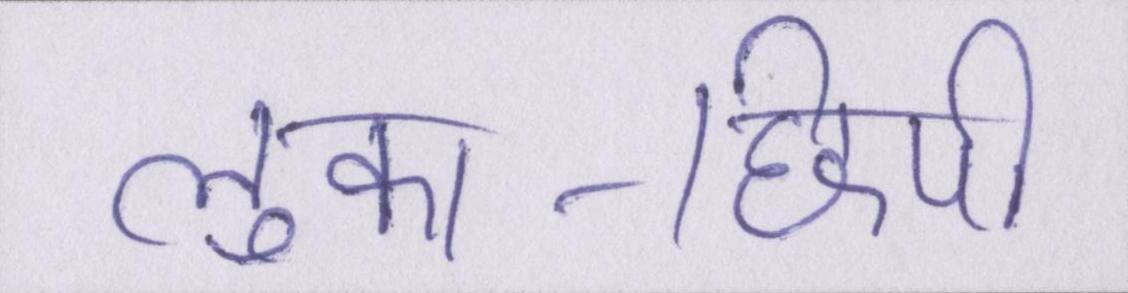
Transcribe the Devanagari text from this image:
लुका-छिपी